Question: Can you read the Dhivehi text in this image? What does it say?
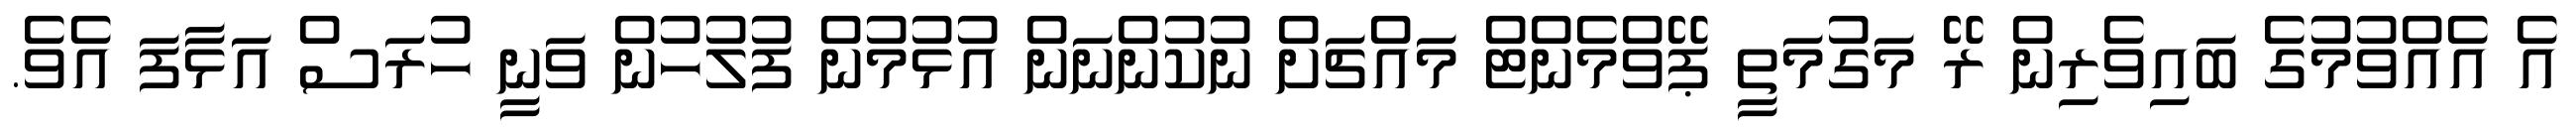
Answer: އެ އެއްވުމުގެ ބައިވެރިން ރޭ މަގުމަތީ ޕޭވްމެންޓް މައްޗަށް ނުކުންނަން އުޅުމުން ފުލުހުން ވަނީ ހުރަސް އަޅާފަ އެވެ.